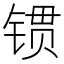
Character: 𨱌